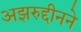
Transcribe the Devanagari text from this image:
अझरुद्दीनने